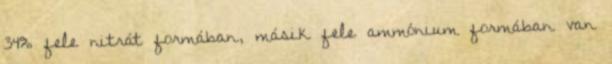
34% fele nitrát formában, másik fele ammónium formában van